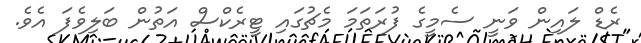
ރެޑް ލައިން ވަނީ ސެމީގެ ފުރަތަމަ މެޗުގައި ޓީރެކްސް އަތުން ބަލިވެފަ އެވެ.